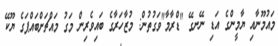
މައުމޫނާއި ޔާމީންގެ އަޑި ނޭނގޭ "ޑްރާމާ"ވަގުތުން: މުޒާހަރާގެ ބައިވެރިން މަގު މައްޗަށްބައްޕަގެ ޔޫކޭ